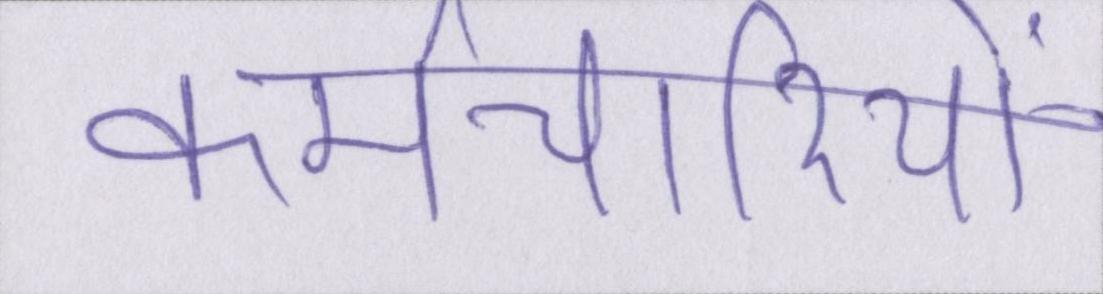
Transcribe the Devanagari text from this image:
कर्मचारियों